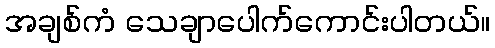
အချစ်ကံ သေချာပေါက်ကောင်းပါတယ်။